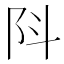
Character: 阧